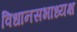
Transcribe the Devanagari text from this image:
विधानसभाध्यक्ष